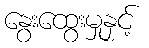
နွေးထွေးမှုနှင့်